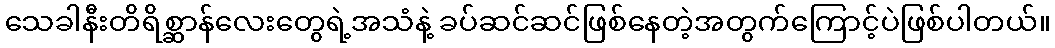
သေခါနီးတိရိစ္ဆာန်လေးတွေရဲ့အသံနဲ့ ခပ်ဆင်ဆင်ဖြစ်နေတဲ့အတွက်ကြောင့်ပဲဖြစ်ပါတယ်။